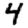
Digit: 4